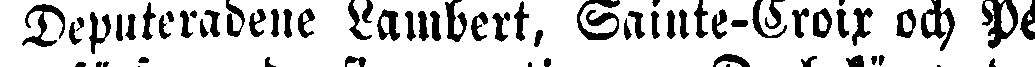
Deputeradene Lambert, Sainte-Croix och Pe-